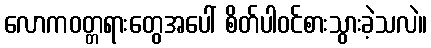
လောကဝတ္တရားတွေအပေါ် စိတ်ပါဝင်စားသွားခဲ့သလဲ။